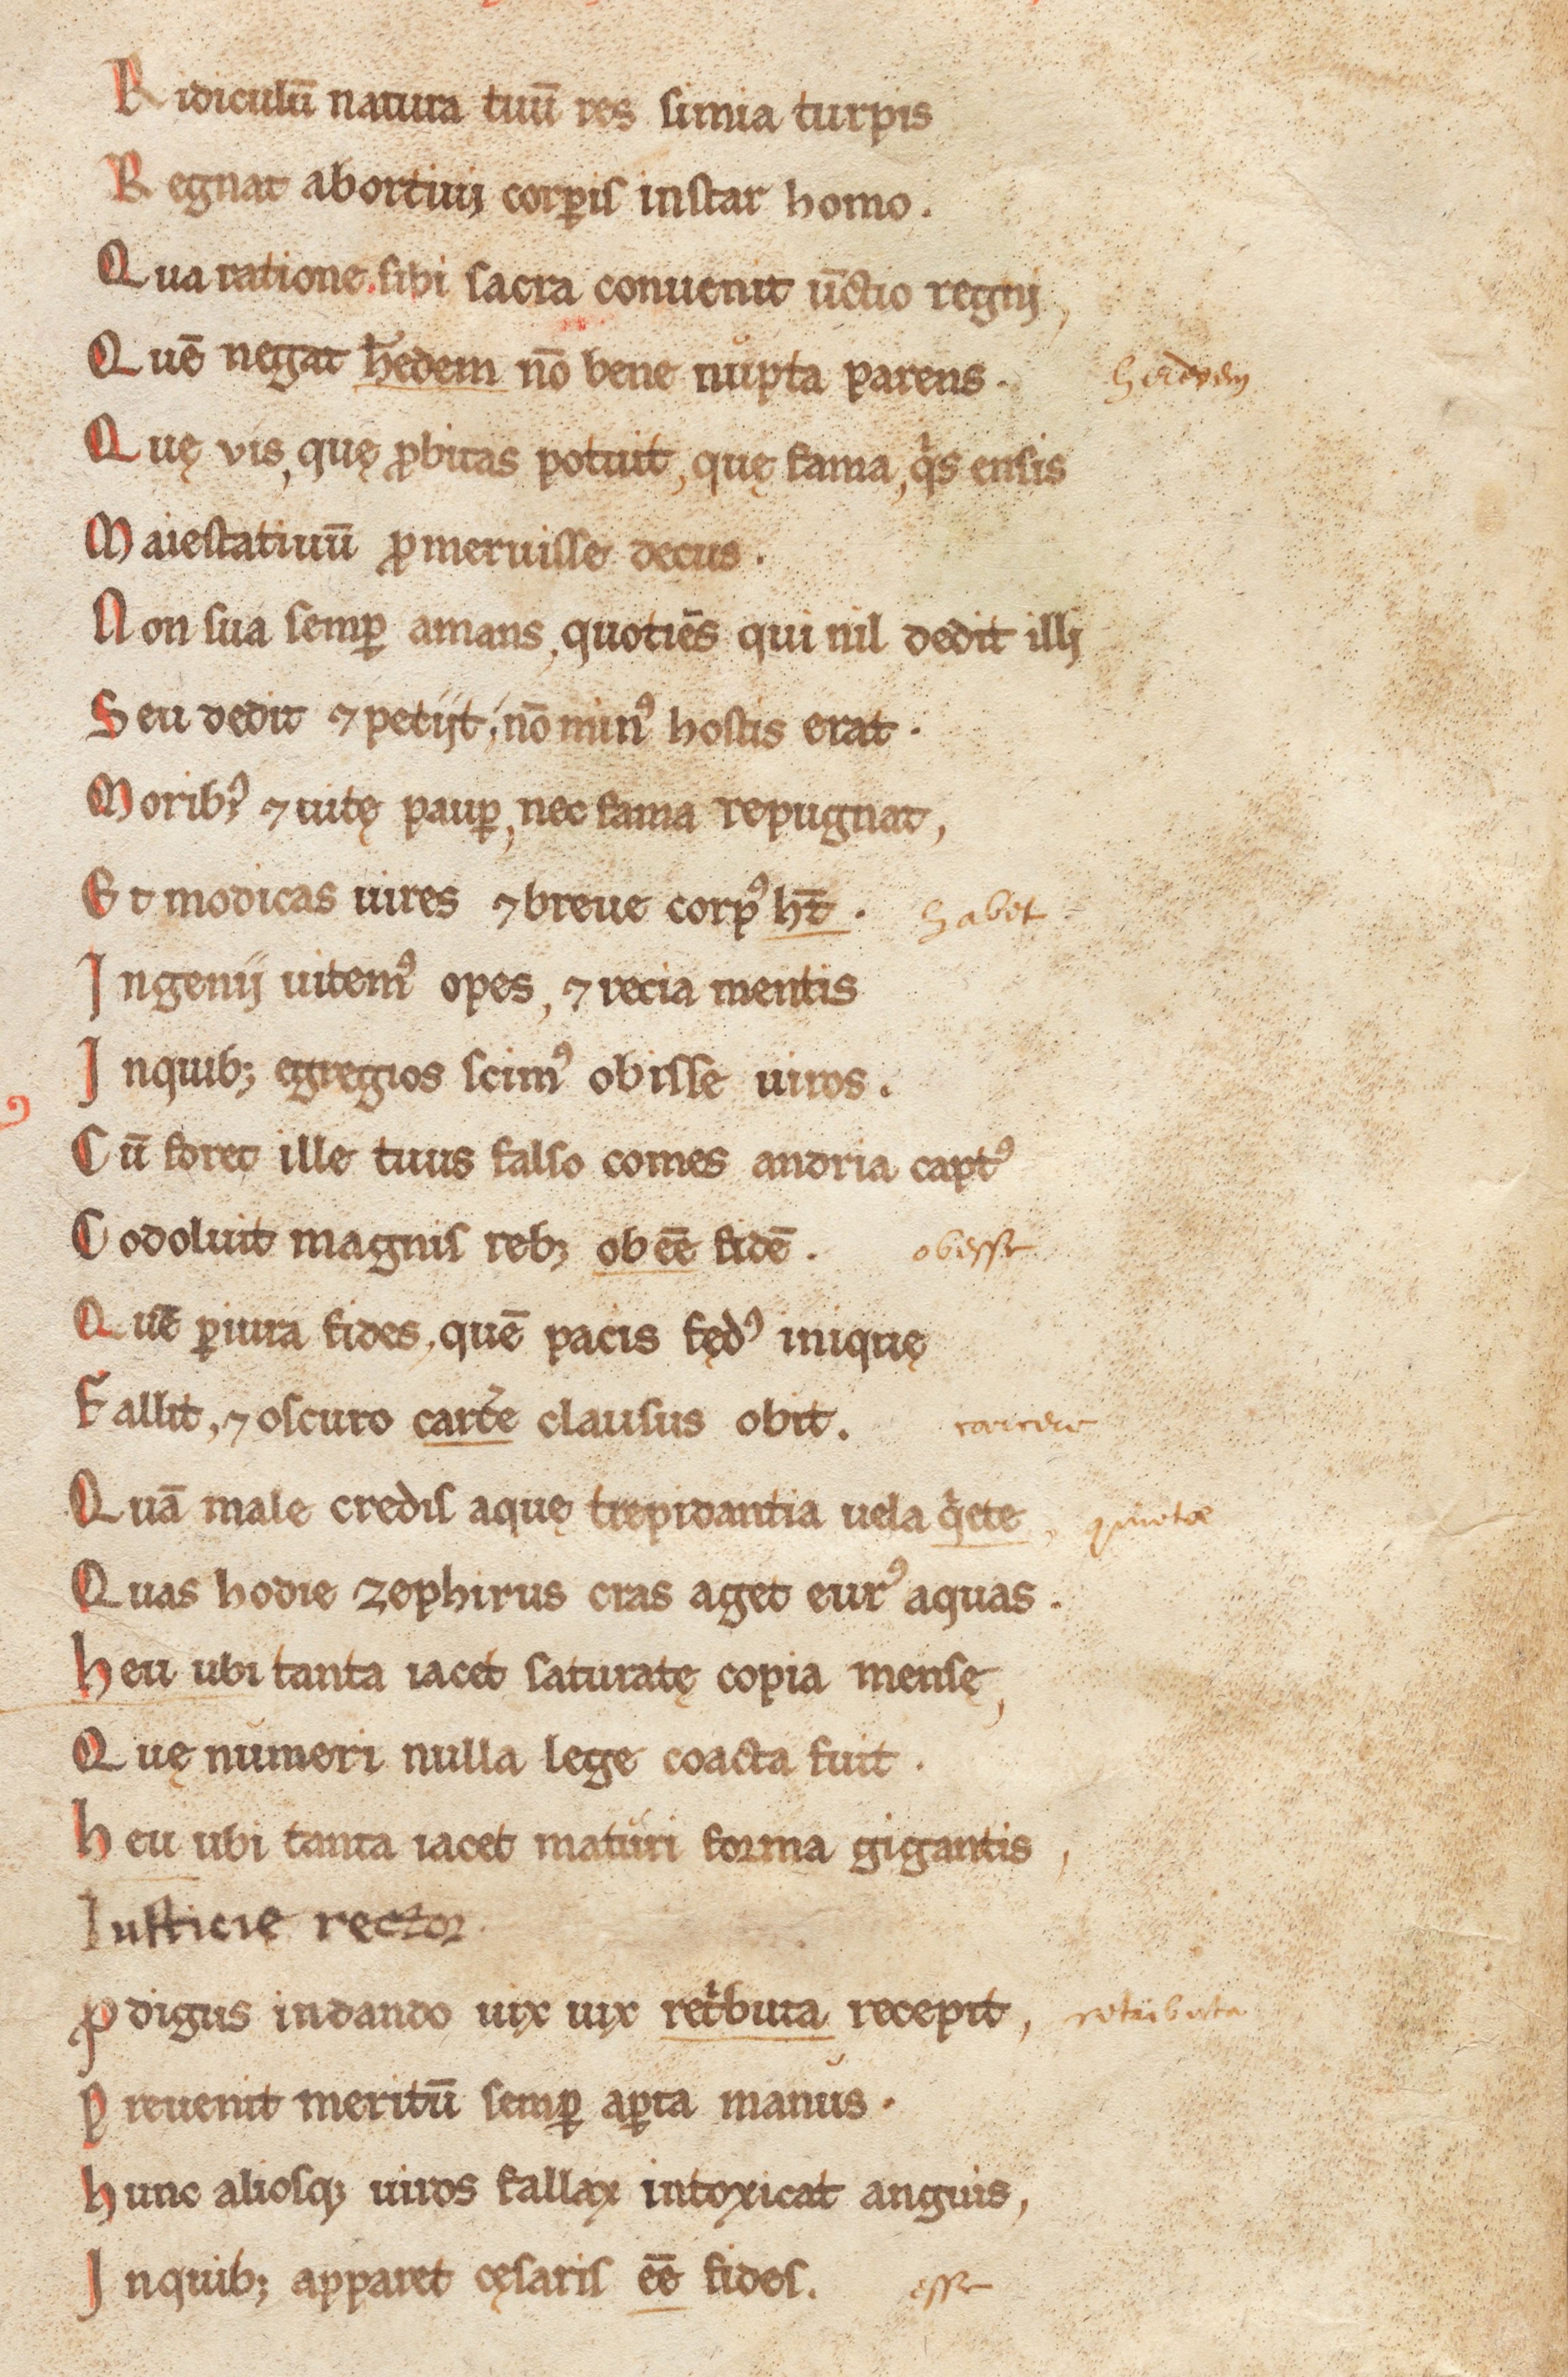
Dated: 1180–1199